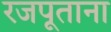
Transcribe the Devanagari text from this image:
रजपूताना